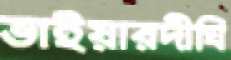
ভাইয়ারদীঘি